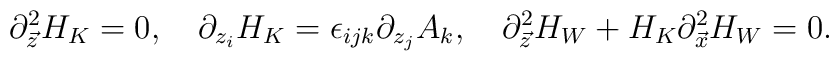
\partial^{2}_{\vec{z}}H_{K}=0,\ \ \ \partial_{z_{i}}H_{K}=\epsilon_{ijk}\partial_{z_{j}}A_{k},\ \ \ \partial^{2}_{\vec{z}}H_{W}+H_{K}\partial^{2}_{\vec{x}}H_{W}=0.